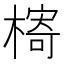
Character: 槣